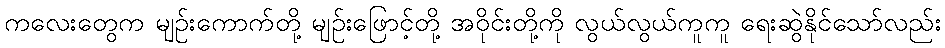
ကလေးတွေက မျဉ်းကောက်တို့ မျဉ်းဖြောင့်တို့ အဝိုင်းတို့ကို လွယ်လွယ်ကူကူ ရေးဆွဲနိုင်သော်လည်း